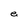
Character: e